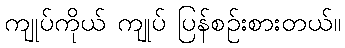
ကျုပ်ကိုယ် ကျုပ် ပြန်စဉ်းစားတယ်။